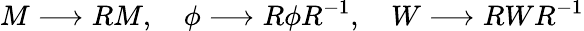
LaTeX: M\longrightarrow RM,~~~~\phi\longrightarrow R\phi R^{-1},~~~~W\longrightarrow RWR^{-1}